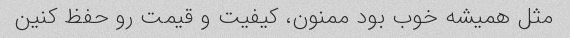
مثل همیشه خوب بود ممنون، کیفیت و قیمت رو حفظ کنین